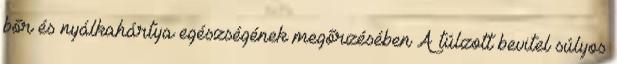
bőr és nyálkahártya egészségének megőrzésében A túlzott bevitel súlyos